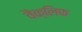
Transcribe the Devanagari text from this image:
वैक्लिफ